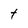
Character: t